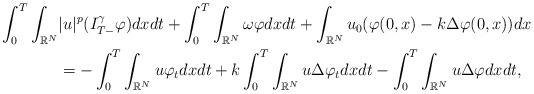
LaTeX: \begin{align*}\int_0^T\int_{\mathbb{R}^{N}}&|u|^{p}(I^\gamma_{T-}\varphi) dx dt +\int_0^T\int_{\mathbb{R}^{N}} \omega\varphi dx dt+\int_{\mathbb{R}^{N}}u_0(\varphi(0,x)-k\Delta\varphi(0,x))dx\\&= -\int_0^T\int_{\mathbb{R}^{N}}u\varphi_tdx dt+k\int_0^T\int_{\mathbb{R}^{N}}u\Delta\varphi_tdx dt-\int_0^T\int_{\mathbb{R}^{N}}u\Delta\varphi dx dt,\end{align*}